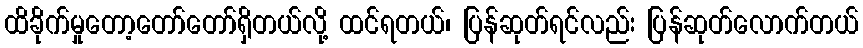
ထိခိုက်မှုတော့တော်တော်ရှိတယ်လို့ ထင်ရတယ်၊ ပြန်ဆုတ်ရင်လည်း ပြန်ဆုတ်လောက်တယ်